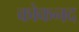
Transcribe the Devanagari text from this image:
कोकनद